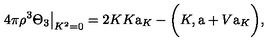
4 \pi \rho ^ { 3 } \Theta _ { 3 } { \big | } _ { K ^ { 2 } = 0 } = 2 K K \mathrm { \Large a } _ { K } - { \biggl ( } K , \mathrm { \Large a } + V \mathrm { \Large a } _ { K } { \biggr ) } ,